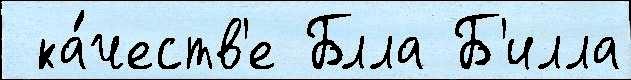
 ка́честв'е Блла Б'илла